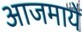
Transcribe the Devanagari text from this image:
आजमाये